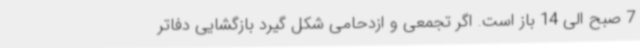
7 صبح الی 14 باز است. اگر تجمعی و ازدحامی شکل گیرد بازگشایی دفاتر